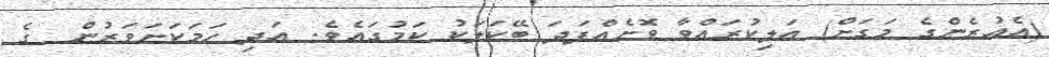
(އެއުރެންގެ މަގަށް) އަލިކުރައްވާ ވޮށެއްފަދަ ބޭކަލަކު ކަމުގައެވެ. އަދި ހަމަކަށަވަރުން  ގެ